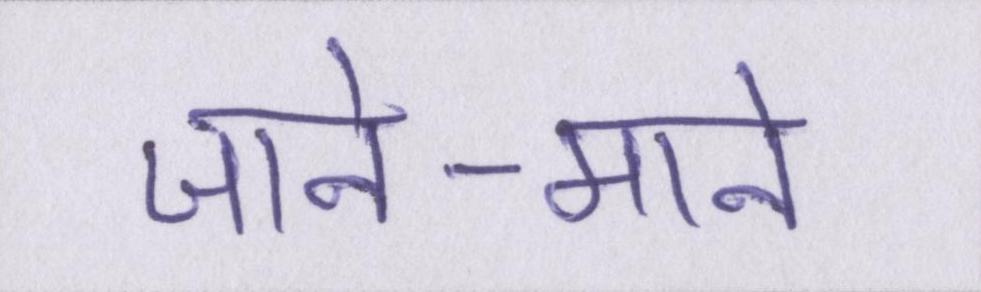
जाने-माने